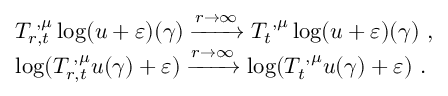
\begin{array} { r l } & { T _ { r , t } ^ { { \mathbf \Upsilon } , { \mu } } \log ( u + \varepsilon ) ( \gamma ) \xrightarrow { r \to \infty } T _ { t } ^ { { \mathbf \Upsilon } , { \mu } } \log ( u + \varepsilon ) ( \gamma ) \, \, \mathrm { , } \; \, } \\ & { \log ( T _ { r , t } ^ { { \mathbf \Upsilon } , { \mu } } u ( \gamma ) + \varepsilon ) \xrightarrow { r \to \infty } \log ( T _ { t } ^ { { \mathbf \Upsilon } , { \mu } } u ( \gamma ) + \varepsilon ) \, \, \mathrm { . } } \end{array}